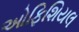
ઓફિશિયલ